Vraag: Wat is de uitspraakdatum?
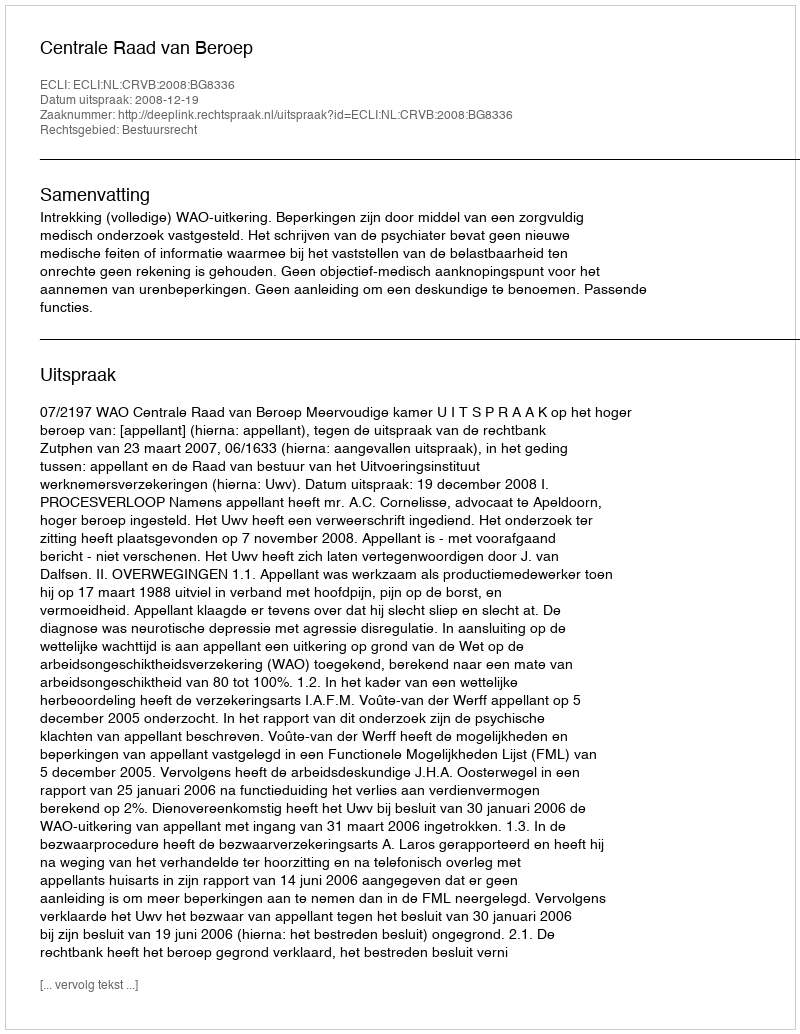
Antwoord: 2008-12-19